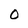
Character: 0